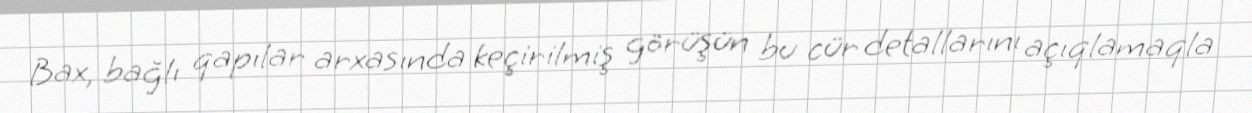
Bax, bağlı qapılar arxasında keçirilmiş görüşün bu cür detallarını açıqlamaqla